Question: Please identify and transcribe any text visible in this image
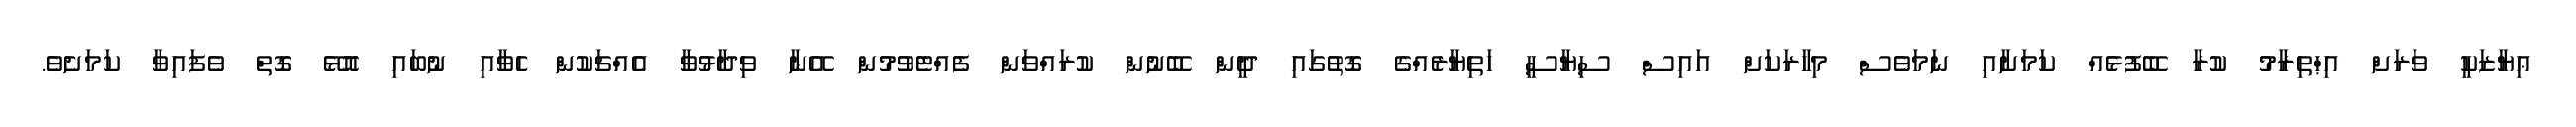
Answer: ޢިޔާޒަކީ ވަރަށް އިޙްތިރާމު ކުރާ ބޭފުޅެއް ކަމަށާއި ނަމަވެސް މިހާރަކަށް އައިސް ސިޔާސީ ހަތިޔާރެއްގެ ގޮތުގައި ދީން ބޭނުން ކުރައްވަން ފެއްޓެވުމުން އޭނާ ވިދާޅުވާ އެއްޗަކުން ހެވާއި ނުބައި އޮޅޭ ގޮތް ވެފައިވާ ކަމަށެވެ.